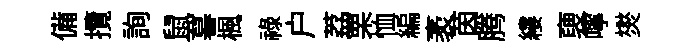
備攬詢鼠暮楓禄户荔栗恤編袤茵腾縷褏嚀爕